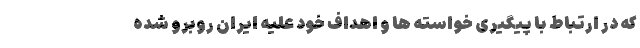
که در ارتباط با پیگیری خواسته ها و اهداف خود علیه ایران روبرو شده